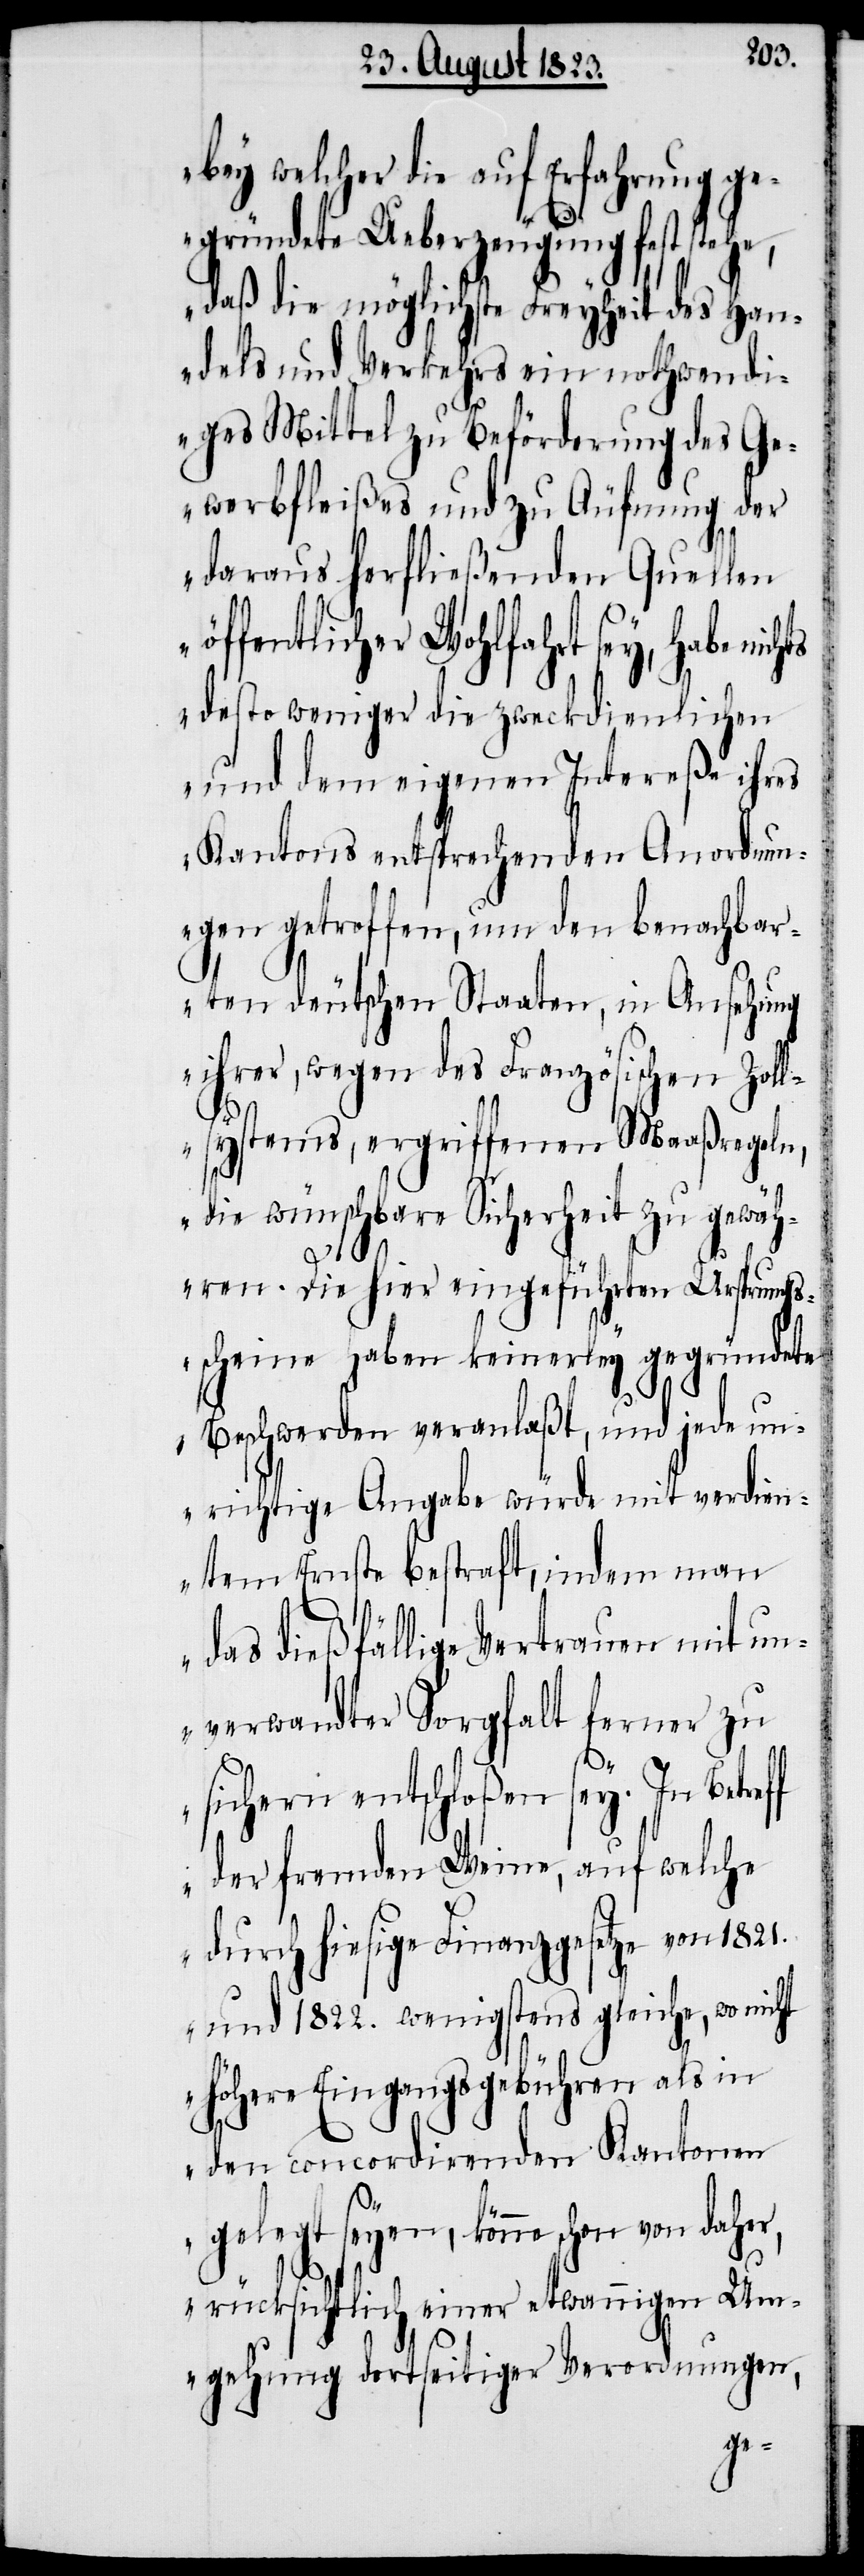
bey welcher die auf Erfahrung ge¬
gründete Ueberzeugung fest stehe,
daß die möglichste Freyheit des Han¬
dels und Verkehrs ein nothwendi¬
ges Mittel zu Beförderung des Ge¬
werbfleißes und zu Äufnung der
daraus herfließenden Quellen
öffentlicher Wohlfahrt sey, habe nic¬
desto weniger die zweckdienlichen
und dem eigenen Intereße ihres
Kantons entsprechenden Anordnun¬
gen getroffen, um den benachbar¬
ten deutschen Staaten, in Ansehung
ihrer, wegen des Französischen Zol¬
lsytems, ergriffenen Maaßregeln,
die wünschbare Sicherheit zu gewäh¬
ren. Die hier eingeführten Ursprungs¬
scheine haben keinerley gegründete
Beschwerden veranlaßt, und jede un¬
richtige Angabe würde mit verdien¬
tem Ernste bestraft, indem man
hts
das dießfällige Vertrauen mit un¬
verwandter Sorgfalt ferner zu
sichern entschloßen sey. In Betreff
der fremden Weine, auf welche
durch hiesige Finanzgesetze von 1821.
und 1822. wenigstens gleiche, wo nicht
höhere Eingangsgebühren als in
den concordirenden Kantonen
gelegt seyen, könne schon von daher,
rücksichtlich einer etwannigen Um¬
gehung dortseitiger Verordnungen,